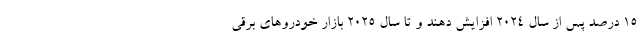
۱۵ درصد پس از سال ۲۰۲۴ افزایش دهند و تا سال ۲۰۲۵ بازار خودروهای برقی